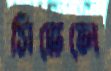
সিভেলে